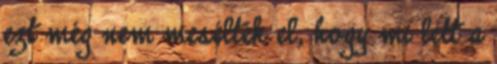
ezt még nem mesélték el, hogy mi lett a